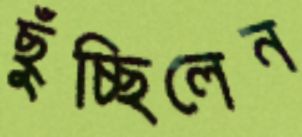
ছুঁচ্ছিলেন